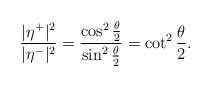
\begin{align*} \frac{|\eta^+|^2}{|\eta^-|^2} = \frac{\cos^2\frac{\theta}{2}}{\sin^2\frac{\theta}{2}} = \cot^2\frac{\theta}{2} . \end{align*}